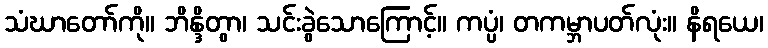
သံဃာတော်ကို။ ဘိန္ဒိတွာ၊ သင်းခွဲသောကြောင့်။ ကပ္ပံ၊ တကမ္ဘာပတ်လုံး။ နိရယေ၊